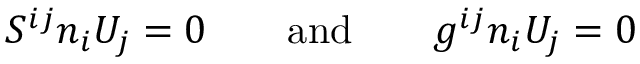
{ \cal S } ^ { i j } n _ { i } U _ { j } = 0 \qquad \mathrm { a n d } \qquad g ^ { i j } n _ { i } U _ { j } = 0